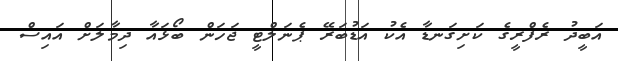
އަބީދު ރެފްރީގެ ކަށިގަނޑާ އެކު އަޑުބަރޭ ޕެނަލްޓީ ޖަހަން ބޯޅައާ ދިމާލަށް އައިސް